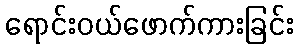
ရောင်းဝယ်ဖောက်ကားခြင်း